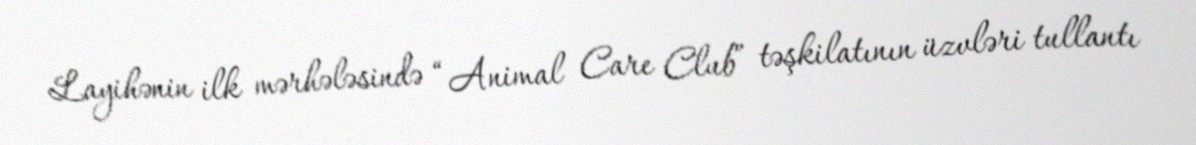
Layihənin ilk mərhələsində “Animal Care Club” təşkilatının üzvləri tullantı